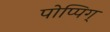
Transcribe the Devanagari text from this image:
पोप्पिग्